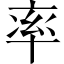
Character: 率